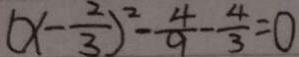
( x - \frac { 2 } { 3 } ) ^ { 2 } - \frac { 4 } { 9 } - \frac { 4 } { 3 } = 0